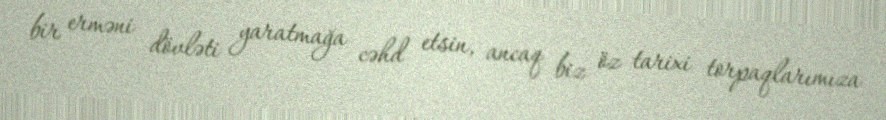
bir erməni dövləti yaratmağa cəhd etsin, ancaq biz öz tarixi torpaqlarımıza